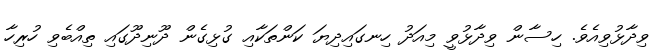
ވިދާޅުވިއެވެ. ހިސާން ވިދާޅުވީ މިއަދު ހިނގައިދިޔަ ކަންތަކާއި ގުޅިގެން ދޫނިދޫގައި ތިއްބެވި ހުރިހާ